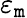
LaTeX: \varepsilon_{\mathtt{m}}